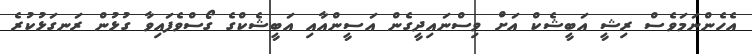
އެހެންނަމަވެސް ރިޝީ އަބީޝެކް އަށް ވިސްނައިދީގެން އަސީންއާއި އަބީޝެކްގެ ގޯސްވެފައިވާ ގުޅުން ރަނގަޅުކުރެ